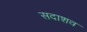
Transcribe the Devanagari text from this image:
सदाशव